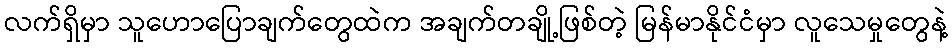
လက်ရှိမှာ သူဟောပြောချက်တွေထဲက အချက်တချို့ဖြစ်တဲ့ မြန်မာနိုင်ငံမှာ လူသေမှုတွေနဲ့